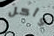
وأكل